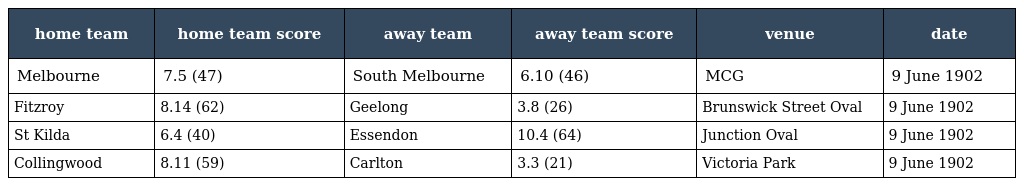
| home team | home team score | away team | away team score | venue | date |
 | --- | --- | --- | --- | --- | --- |
 | Melbourne | 7.5 (47) | South Melbourne | 6.10 (46) | MCG | 9 June 1902 |
 | Fitzroy | 8.14 (62) | Geelong | 3.8 (26) | Brunswick Street Oval | 9 June 1902 |
 | St Kilda | 6.4 (40) | Essendon | 10.4 (64) | Junction Oval | 9 June 1902 |
 | Collingwood | 8.11 (59) | Carlton | 3.3 (21) | Victoria Park | 9 June 1902 |